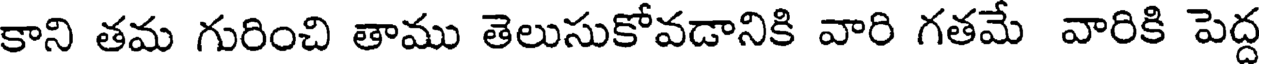
కాని తమ గురించి తాము తెలుసుకోవడానికి వారి గతమే వారికి పెద్ద